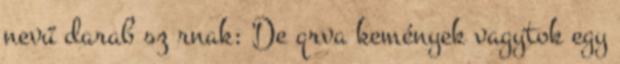
nevű darab sz rnak: De qrva kemények vagytok egy